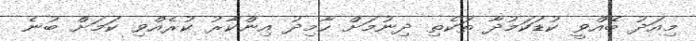
މިއަދު ބޭއްވީ ކުޑަކަމުދާ ތަކެތި ދިނުމަށް ހާމިދު އިންކާރު ކުރެއްވި ކަމަށް ބުނެ